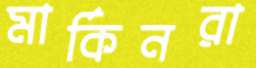
মার্কিনরা